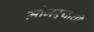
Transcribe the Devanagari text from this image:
मोगऱ्याची